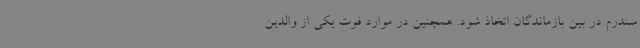
سندرم در بین بازماندگان اتخاذ شود. همچنین در موارد فوت یکی از والدین